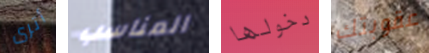
أترى المناسب دخولها عقوبتك